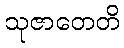
သုဇာတေတိ